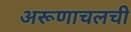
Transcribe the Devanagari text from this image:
अरूणाचलची